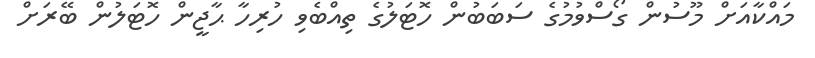
މައްކާއަށް މޫސުން ގޯސްވުމުގެ ސަބަބުން ހޮޓަލުގެ ތިއްބެވި ހުރިހާ ޙާޖީން ހޮޓަލުން ބޭރަށް